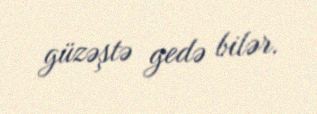
güzəştə gedə bilər.